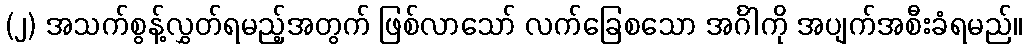
(၂) အသက်စွန့်လွှတ်ရမည့်အတွက် ဖြစ်လာသော် လက်ခြေစသော အင်္ဂါကို အပျက်အစီးခံရမည်။